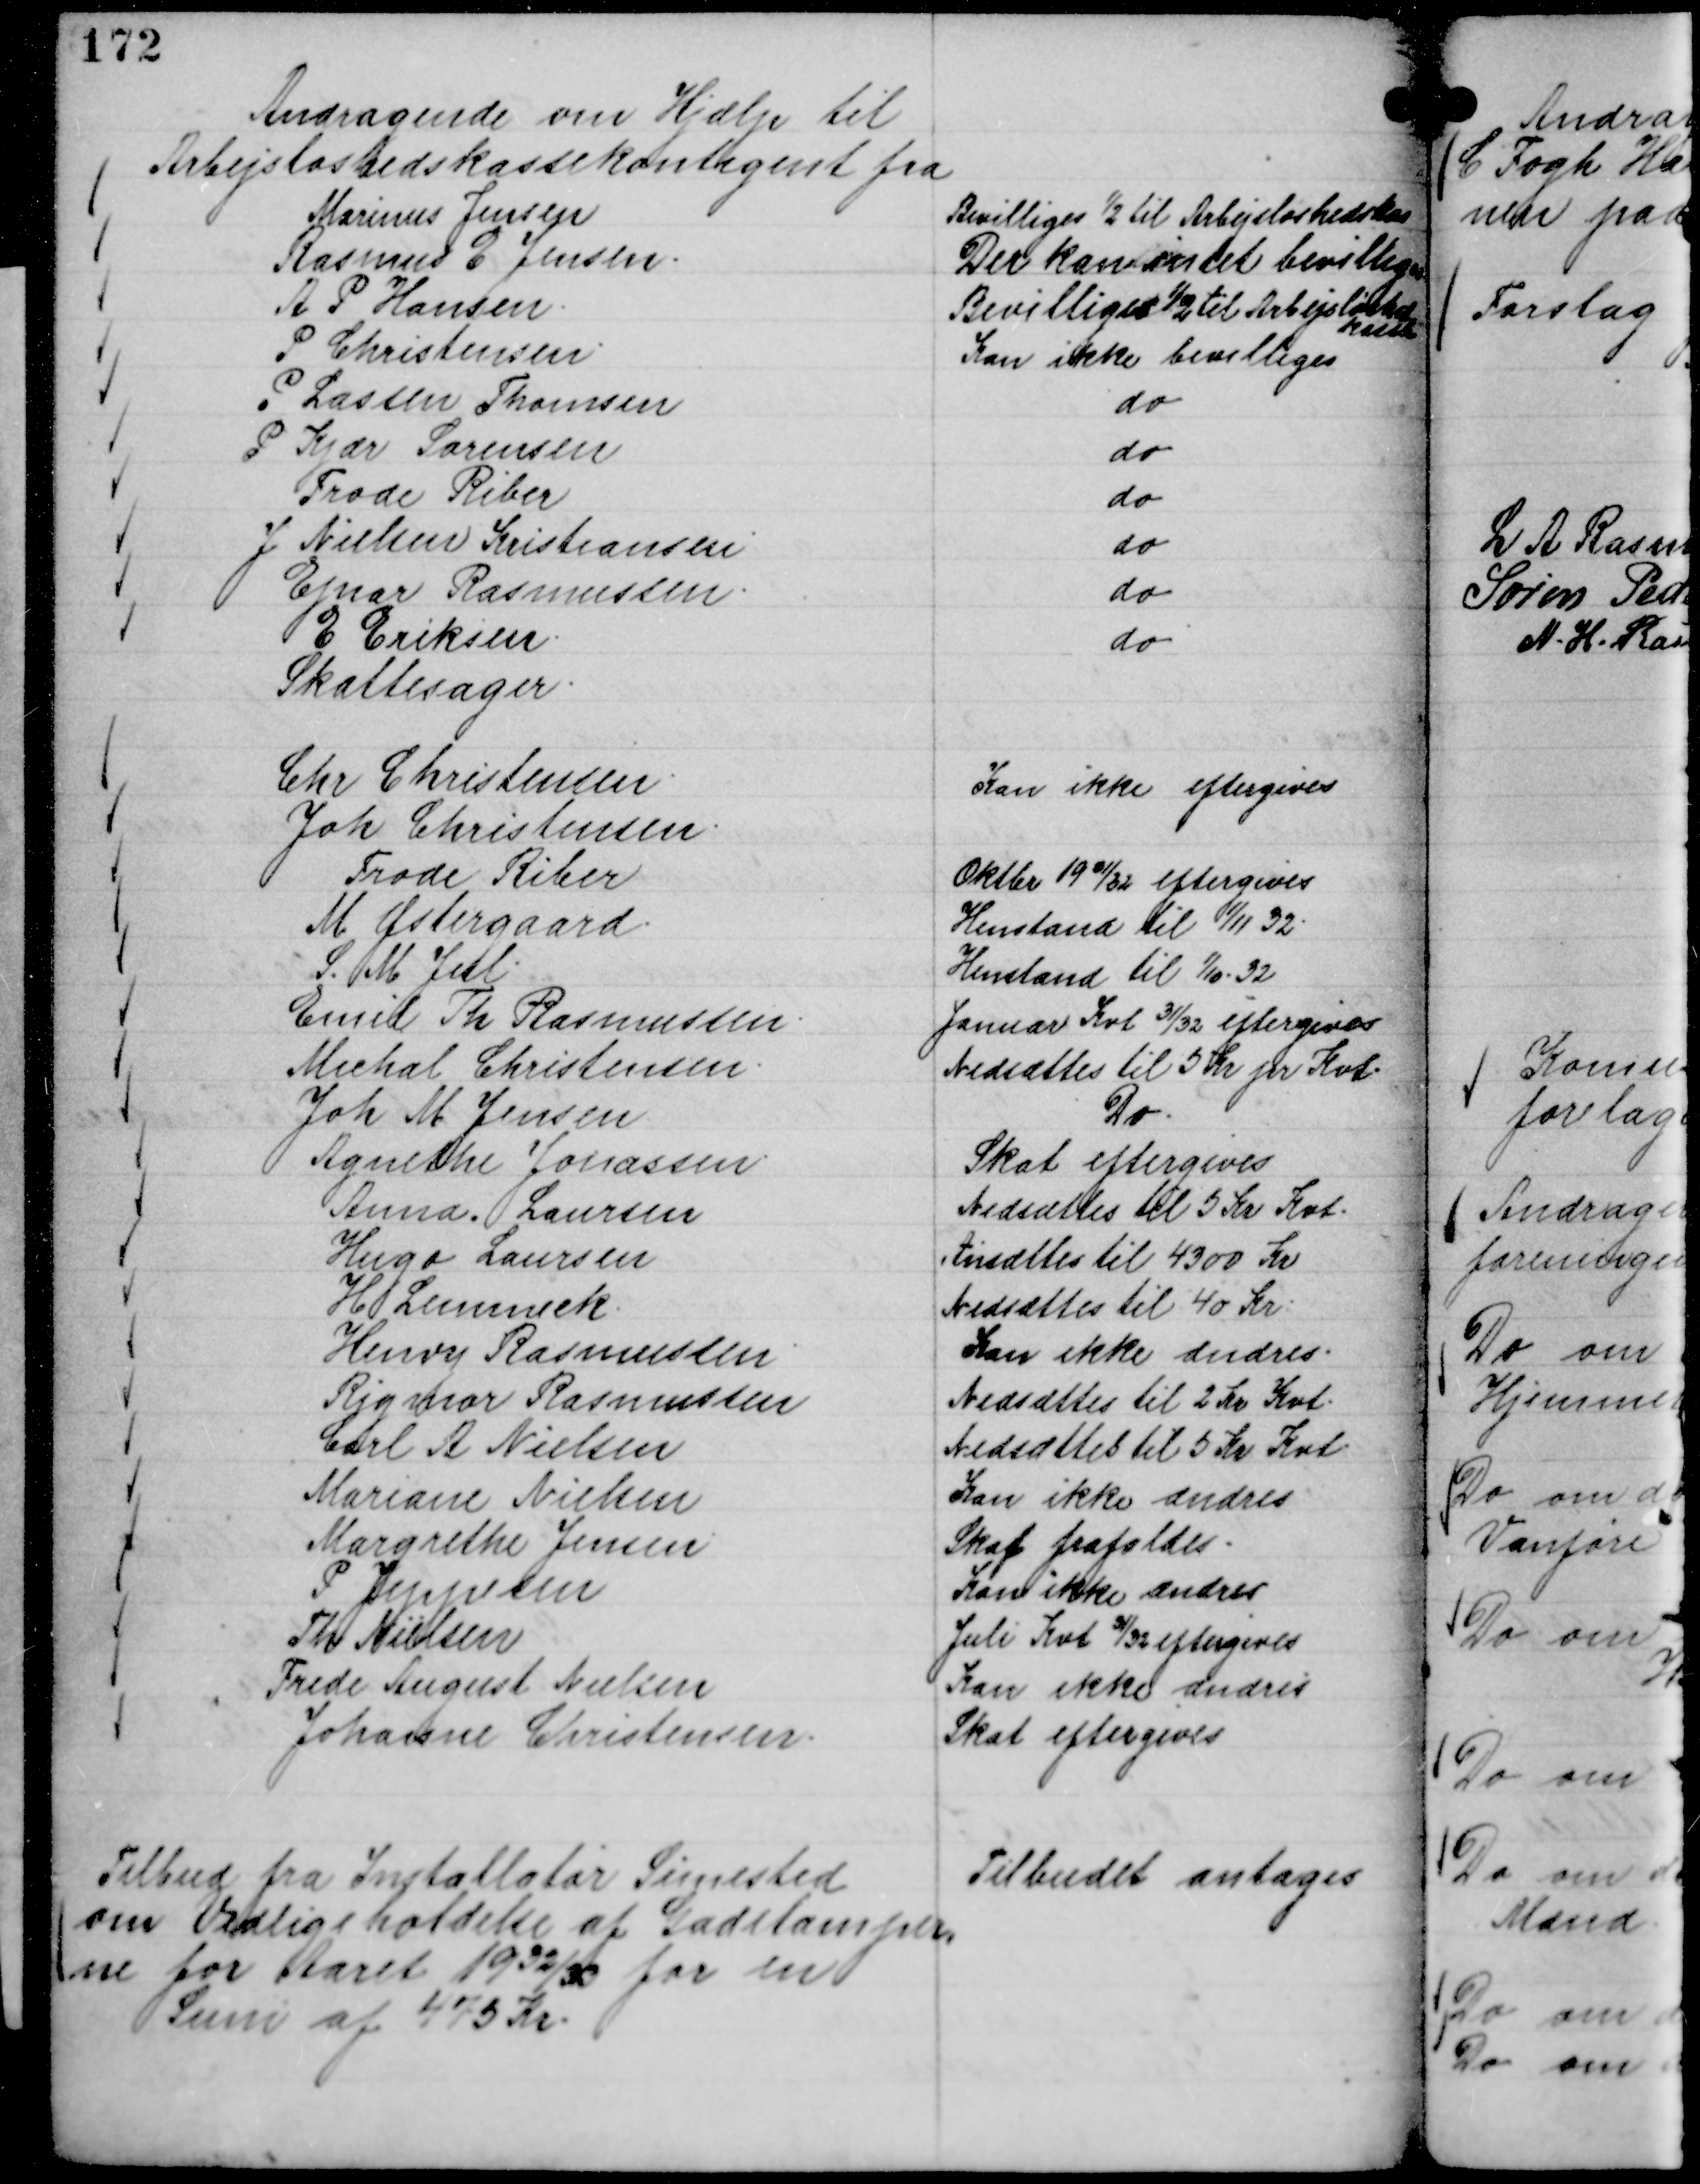
Transskription:
Andragende om Hjælp til
Arbejsløshedskassekontigent fra
Marinus Jensen
Bevilliges ½ til Arbejsløshedskas
Rasmus E Jensen.
Der kan intet bevilliges
A P Hansen.
Bevilliges ½ til Arbejdsløsheds,,
kasse
P Christensen.
Kan ikke bevilliges
P Lassen Thomsen
do
P Kjær Sørensen
do
Frode Riber
do
J Nielsen Kristiansen
do
Ejnar Rasmussen.
do
E Eriksen.
do

Skattesager.
Chr Christensen.
Kan ikke eftergives
Joh Christensen.
Frode Riber
Oktobr 19 31/32 eftergives
M Østergaard.
Henstand til

1/11 32.
S. M Jul
Henstand til

1/10 - 32
Emil Th Rasmussen.
Januar Kvt 31/32 eftergives
Michal Christensen.
Nedsættes til 5 Kr pr Kvt.
Joh M Jensen
Do.
Agnethe Jonassen.
Skat eftergives
Anna Laursen
Nedsættes til 5 Kr Kvt.
Hugo Laursen
Ansættes til 4300 Kr
H Lemmick
Nedsættes til 40 Kr.
Henry Rasmussen.
Kan ikke ændres.
Rigmor Rasmussen
Nedsættes til 2 Kr Kvt.
Carl A Nielsen
Nedsættes til 5 Kr Kvt
Mariane Nielsen
Kan ikke ændres
Margrethe Jensen.
Skat frafaldes.
P Jeppesen
Kan ikke ændres
Th Nielsen
Juli Kvt

31/32 eftergives
Frede August Nielsen
Kan ikke ændres
Johanne Christensen.
Skat eftergives

Tilbud fra Installatør Simested
om Vedligeholdelse af Gadelamper,
ne for Aaret 19 32/33 for en
Sum af 475 Kr.

Tilbudet antages